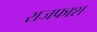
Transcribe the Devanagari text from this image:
राजफाश